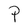
Character: P